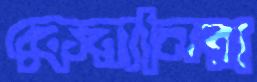
কেরানিরা